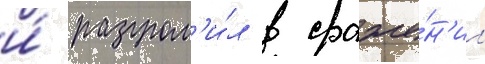
и́ разгром'и́л в сраже́н'ии